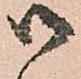
御